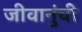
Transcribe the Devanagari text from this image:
जीवानुंची